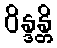
ဝိန္ဒန္တိ